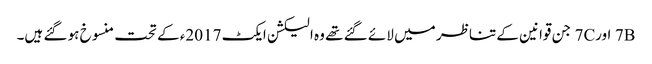
7B اور7C جن قوانین کے تناظر میں لائے گئے تھے وہ الیکشن ایکٹ 2017ء کے تحت منسوخ ہو گئے ہیں۔